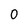
Character: 0